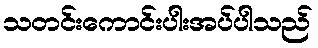
သတင်းကောင်းပါးအပ်ပါသည်